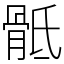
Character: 骶